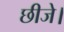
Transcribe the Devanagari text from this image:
छीजे।